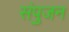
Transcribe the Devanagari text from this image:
संपुजन